65_HS1-834228961_62-HQ-83894_Section_8
Agency: FBI
Page 58
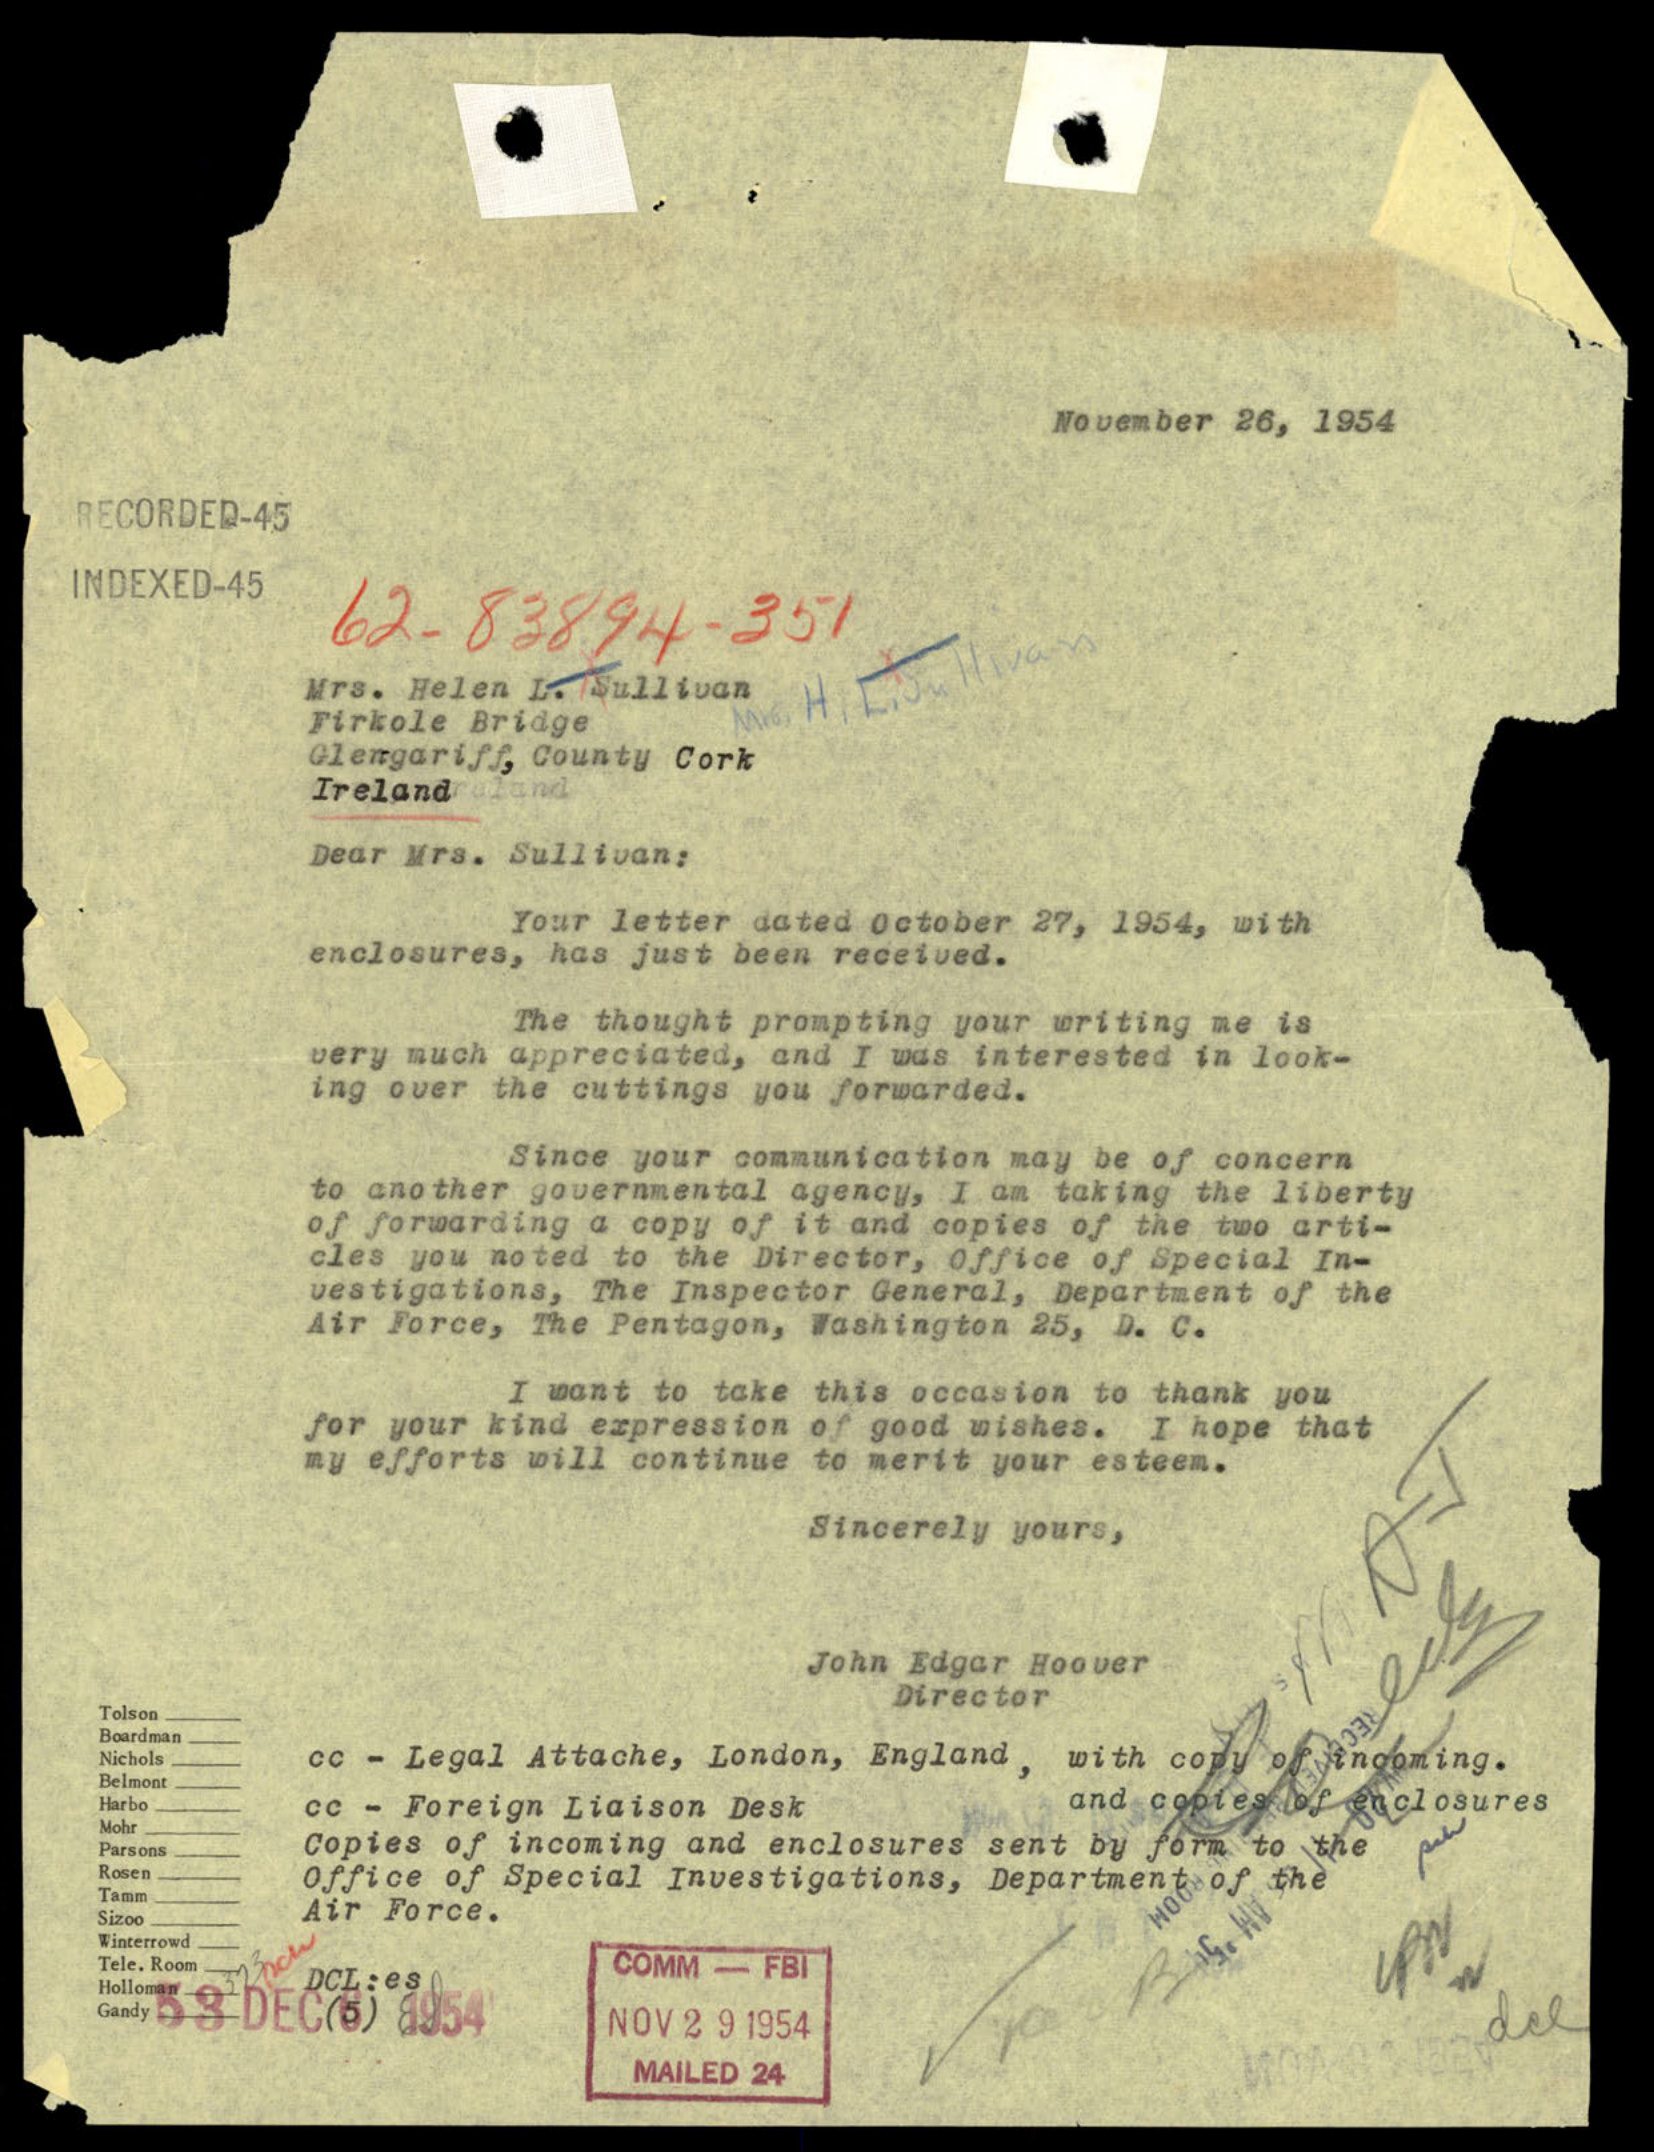